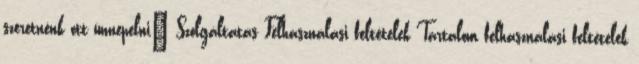
szeretnénk ott ünnepelni” Szolgáltatás Felhasználási feltételek Tartalom felhasználási feltételek